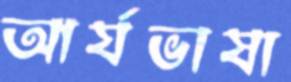
আর্যভাষা